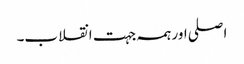
اصلی اور ہمہ جہت انقلاب۔